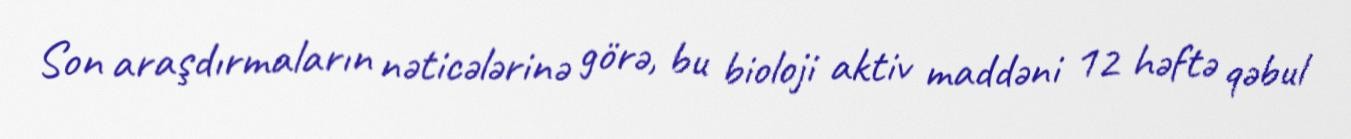
Son araşdırmaların nəticələrinə görə, bu bioloji aktiv maddəni 12 həftə qəbul